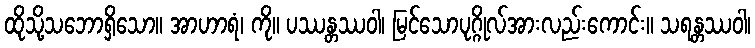
ထိုသို့သဘောရှိသော။ အာဟာရံ၊ ကို။ ပဿန္တဿဝါ၊ မြင်သောပုဂ္ဂိုလ်အားလည်းကောင်း။ သရန္တဿဝါ၊